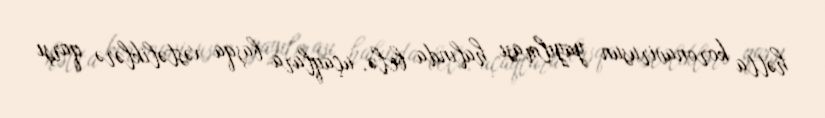
hətta koronavirusun yayılması halında belə, uçaqlara başqa xəstəliklərə qarşı